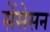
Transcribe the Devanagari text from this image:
सेंसेसन